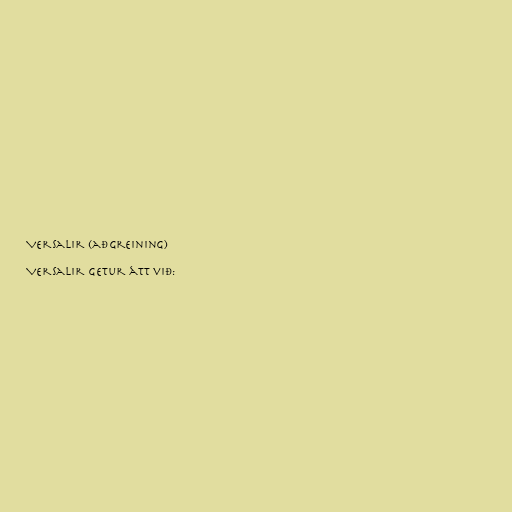
Versalir (aðgreining)

Versalir getur átt við: